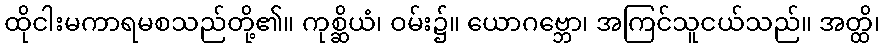
ထိုငါးမကာရမစသည်တို့၏။ ကုစ္ဆိယံ၊ ဝမ်း၌။ ယောဂဗ္ဘော၊ အကြင်သူငယ်သည်။ အတ္ထိ၊